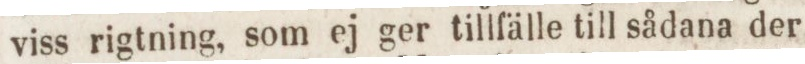
viss rigtning, som ej ger tillfälle till sådana der